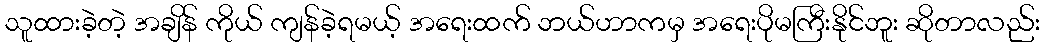
သူထားခဲ့တဲ့ အချိန် ကိုယ် ကျန်ခဲ့ရမယ့် အရေးထက် ဘယ်ဟာကမှ အရေးပိုမကြီးနိုင်ဘူး ဆိုတာလည်း